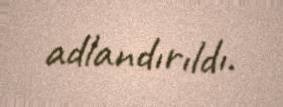
adlandırıldı.